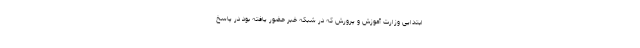
ابتدایی وزارت آموزش و پرورش که در شبکه خبر حضور یافته بود در پاسخ